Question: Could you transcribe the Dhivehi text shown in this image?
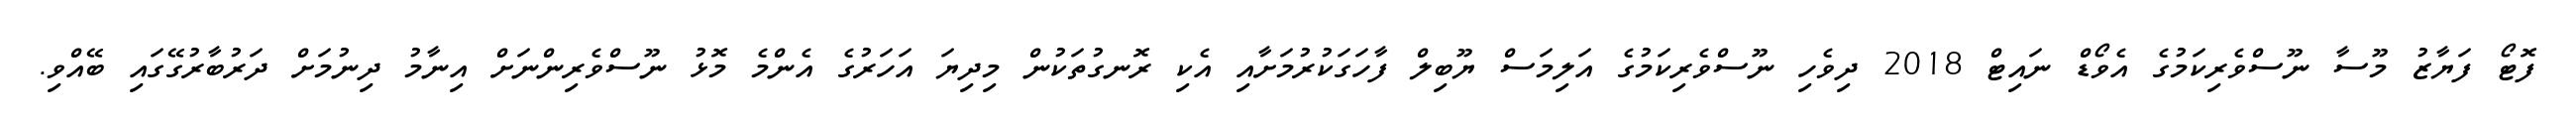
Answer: ފޮޓޯ ފަޔާޒު މޫސާ ނޫސްވެރިކަމުގެ އެވޯޑް ނައިޓް 2018 ދިވެހި ނޫސްވެރިކަމުގެ އަލިމަސް ޔޫބިލް ފާހަގަކުރުމަށާއި އެކި ރޮނގުތަކުން މިދިޔަ އަހަރުގެ އެންމެ މޮޅު ނޫސްވެރިންނަށް އިނާމު ދިނުމަށް ދަރުބާރުގޭގައި ބޭއްވި.